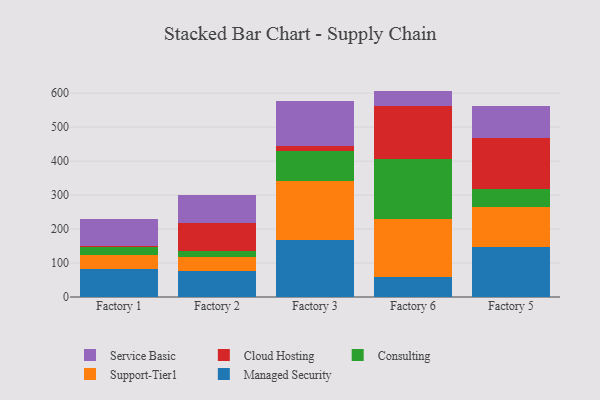
{"axis": {"x": "Factory", "y": "Headcount"}, "legend": ["Cloud Hosting", "Consulting", "Managed Security", "Service Basic", "Support-Tier1"], "data": [{"x": "Factory 1", "y": 82.8, "type": "Managed Security"}, {"x": "Factory 1", "y": 40.8, "type": "Support-Tier1"}, {"x": "Factory 1", "y": 22.5, "type": "Consulting"}, {"x": "Factory 1", "y": 5.4, "type": "Cloud Hosting"}, {"x": "Factory 1", "y": 79.5, "type": "Service Basic"}, {"x": "Factory 2", "y": 77.0, "type": "Managed Security"}, {"x": "Factory 2", "y": 41.4, "type": "Support-Tier1"}, {"x": "Factory 2", "y": 16.5, "type": "Consulting"}, {"x": "Factory 2", "y": 83.2, "type": "Cloud Hosting"}, {"x": "Factory 2", "y": 83.6, "type": "Service Basic"}, {"x": "Factory 3", "y": 167.4, "type": "Managed Security"}, {"x": "Factory 3", "y": 174.3, "type": "Support-Tier1"}, {"x": "Factory 3", "y": 88.7, "type": "Consulting"}, {"x": "Factory 3", "y": 12.9, "type": "Cloud Hosting"}, {"x": "Factory 3", "y": 134.9, "type": "Service Basic"}, {"x": "Factory 6", "y": 59.4, "type": "Managed Security"}, {"x": "Factory 6", "y": 170.3, "type": "Support-Tier1"}, {"x": "Factory 6", "y": 177.7, "type": "Consulting"}, {"x": "Factory 6", "y": 156.0, "type": "Cloud Hosting"}, {"x": "Factory 6", "y": 43.4, "type": "Service Basic"}, {"x": "Factory 5", "y": 145.9, "type": "Managed Security"}, {"x": "Factory 5", "y": 120.3, "type": "Support-Tier1"}, {"x": "Factory 5", "y": 52.3, "type": "Consulting"}, {"x": "Factory 5", "y": 150.4, "type": "Cloud Hosting"}, {"x": "Factory 5", "y": 92.5, "type": "Service Basic"}]}